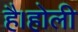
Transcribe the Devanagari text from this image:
है।होली